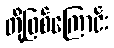
တို့ဖြစ်ကြောင်း